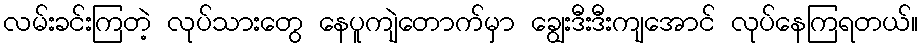
လမ်းခင်းကြတဲ့ လုပ်သားတွေ နေပူကျဲတောက်မှာ ချွေးဒီးဒီးကျအောင် လုပ်နေကြရတယ်။